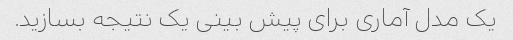
یک مدل آماری برای پیش بینی یک نتیجه بسازید.